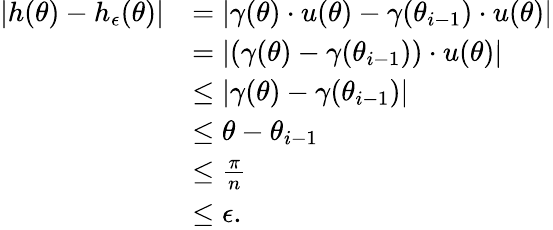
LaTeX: \begin{array}{rl}{|h(\theta)-h_{\epsilon}(\theta)|}&{=|\gamma(\theta)\cdot u(\theta)-\gamma(\theta_{i-1})\cdot u(\theta)|}\\ &{=|(\gamma(\theta)-\gamma(\theta_{i-1}))\cdot u(\theta)|}\\ &{\le|\gamma(\theta)-\gamma(\theta_{i-1})|}\\ &{\le\theta-\theta_{i-1}}\\ &{\le\frac{\pi}{n}}\\ &{\le\epsilon.}\end{array}